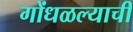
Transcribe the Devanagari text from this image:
गोंधळल्याची